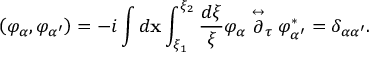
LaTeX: \left( \varphi _ { \alpha } , \varphi _ { \alpha ^ { \prime } } \right) = - i \int d { \mathbf x } \int _ { \xi _ { 1 } } ^ { \xi _ { 2 } } \frac { d \xi } { \xi } \varphi _ { \alpha } \stackrel { \leftrightarrow } { \partial } _ { \tau } \varphi _ { \alpha ^ { \prime } } ^ { * } = \delta _ { \alpha \alpha ^ { \prime } } .